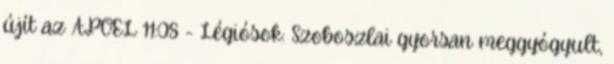
újít az APOEL 11:08 - Légiósok: Szoboszlai gyorsan meggyógyult,